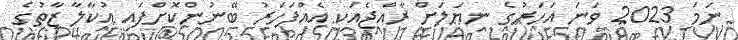
ނަމަ 2023 ވަނަ އަހަރުގެ ނިޔަލަށް ރާއްޖެއަކީ އެއްފަހަރު ބޭނުންކޮށްފައި އުކާލާ ޒާތުގެ